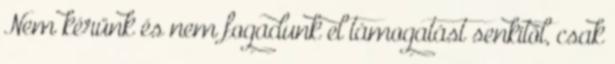
Nem kérünk és nem fogadunk el támogatást senkitől, csak